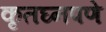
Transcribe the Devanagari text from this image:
कृतघ्नपणे